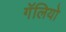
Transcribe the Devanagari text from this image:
गॅलियो